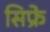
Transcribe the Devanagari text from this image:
सिफ्रे